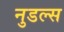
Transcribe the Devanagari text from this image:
नुडल्स